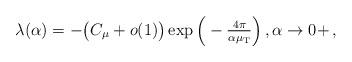
LaTeX: \begin{align*}\lambda(\alpha) = -\big(C_\mu + o(1)\big)\exp\Big(-\tfrac{4\pi}{\alpha \mu_{\rm T}}\Big)\,,\alpha\rightarrow 0+\,,\end{align*}